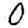
Digit: 0